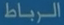
الرباط